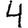
Digit: 4